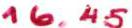
16.45